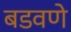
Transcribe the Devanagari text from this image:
बडवणे